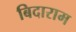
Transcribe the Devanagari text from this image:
बिदाराम